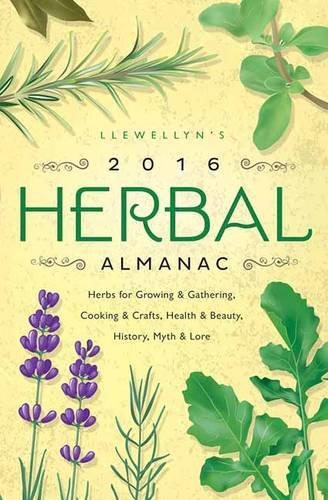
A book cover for Llewellyn's 2016 Herbal Almanac: Herbs for Growing & Gathering, Cooking & Crafts, Health & Beauty, History, Myth & Lore (Llewellyn's Herbal Almanac); Elizabeth Barrette; Crafts, Hobbies & Home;